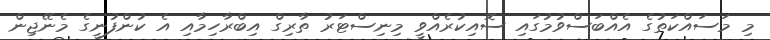
މި މަސައްކަތުގެ އެއްބަސްވުމުގައި ސޮއިކުރެއްވީ މިނިސްޓަރު ތާރިގް އިބްރާހިމާއި އެ ކުންފުނީގެ މެނޭޖިން